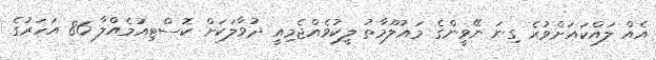
އެއް ލައްކައަށްވުރެ ގިނަ ނޭވީންގެ މައުލޫމާތު ލީކުވެއްޖެމިއީ ދުވާލަކަށް ކޮސްޓިއުމެއްލާ 86 އަހަރުގެ